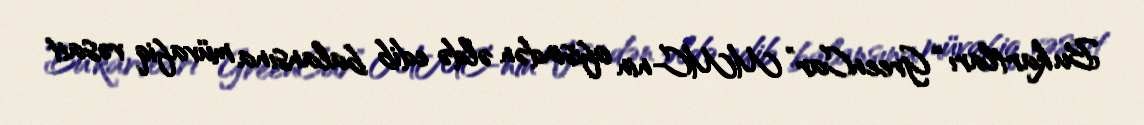
Bu kartları “GreenCar” MMC-nin ofisindən əldə edib balansına müvafiq vəsait